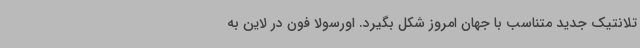
تلانتیک جدید متناسب با جهان امروز شکل بگیرد. اورسولا فون در لاین به